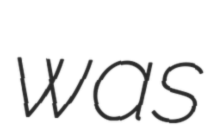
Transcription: was